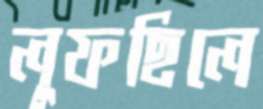
লুফছিলে